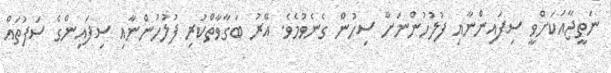
ނަތީޖާއަކަށްވީ ސިފައިންނާއި ފުލުހުންނަށް ސިހުން ގެނެވުމެވެ. އޭރު ބަގާވާތްކުރި ފުލުހުންނާއި ސިފައިންގެ ސަފުތައް